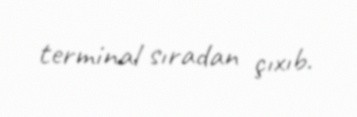
terminal sıradan çıxıb.